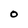
Character: O